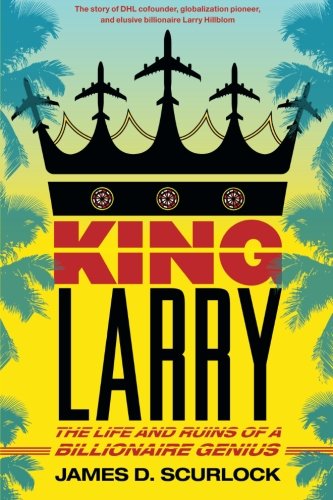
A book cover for King Larry: The Life and Ruins of a Billionaire Genius; James D. Scurlock; Biographies & Memoirs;